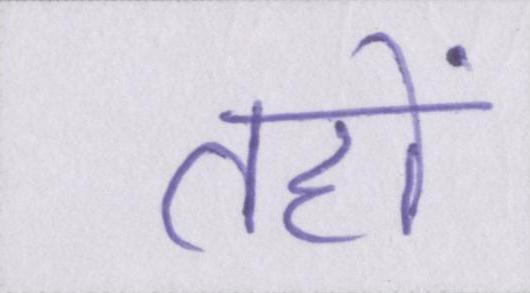
तहों